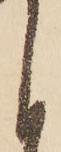
く